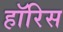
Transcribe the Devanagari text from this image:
हॉरिस